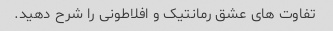
تفاوت های عشق رمانتیک و افلاطونی را شرح دهید.